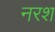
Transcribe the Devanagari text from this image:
नरश